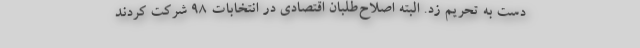
دست به تحریم زد. البته اصلاح‌طلبان اقتصادی در انتخابات ۹۸ شرکت کردند